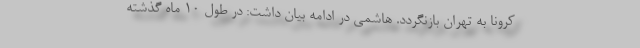
کرونا به تهران بازنگردد. هاشمی در ادامه بیان داشت: در طول ۱۰ ماه گذشته